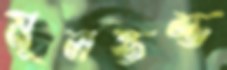
মূলস্তম্ভ